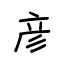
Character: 彦